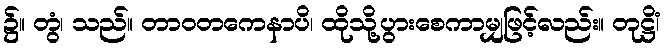
၌။ တွံ၊ သည်။ တာဝတကေနာပိ၊ ထိုသို့ပွားစေကာမျှဖြင့်လည်း။ တုဋ္ဌိံ၊